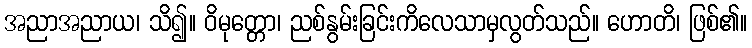
အညာအညာယ၊ သိ၍။ ဝိမုတ္တော၊ ညစ်နွမ်းခြင်းကိလေသာမှလွတ်သည်။ ဟောတိ၊ ဖြစ်၏။